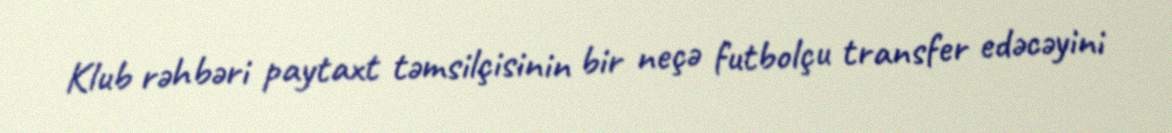
Klub rəhbəri paytaxt təmsilçisinin bir neçə futbolçu transfer edəcəyini